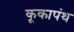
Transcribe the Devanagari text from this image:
कूकापंथ